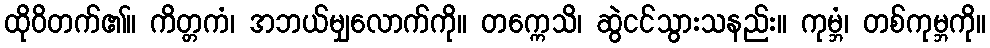
ထိုဝိတက်၏။ ကိတ္တကံ၊ အဘယ်မျှလောက်ကို။ တက္ကေသိ၊ ဆွဲငင်သွားသနည်း။ ကုမ္ဘံ၊ တစ်ကုမ္ဘကို။